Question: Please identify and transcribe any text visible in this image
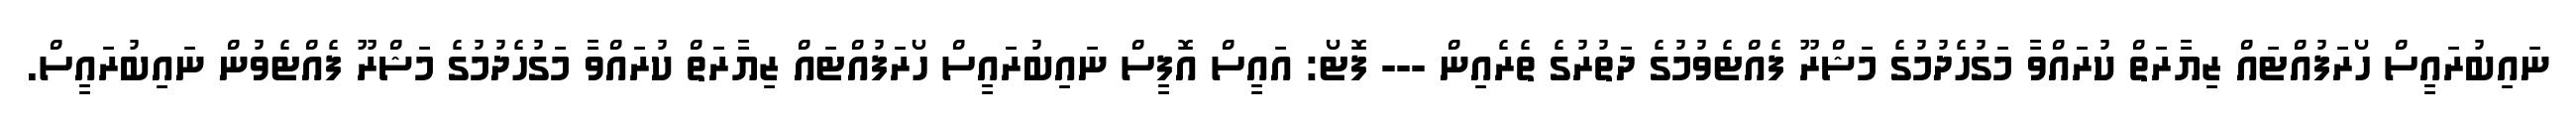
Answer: ނައިބުރައީސް ހޯރަފުއްޓައް ޒިޔާރަތް ކުރައްވާ މަގުހެދުމުގެ މަޝްރޫ ފެއްޓެވުމުގެ ދަތުރުގެ ތެރެއިން --- ފޮޓޯ: އައީސް އޮފީސް ނައިބުރައީސް ހޯރަފުއްޓައް ޒިޔާރަތް ކުރައްވާ މަގުހެދުމުގެ މަޝްރޫ ފެއްޓެވުން ނައިބުރައީސް.